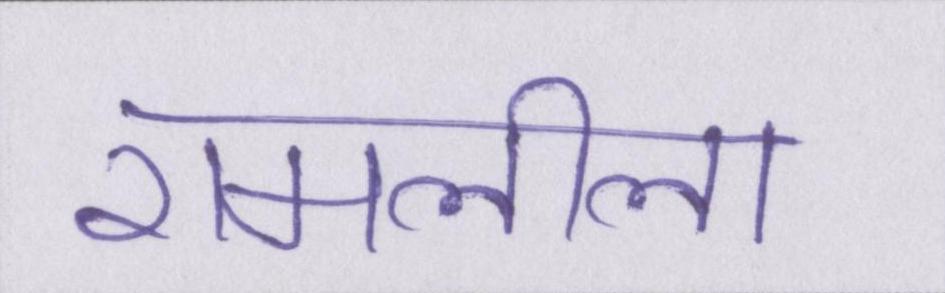
रामलीला